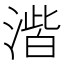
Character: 𮳑